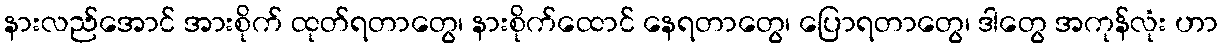
နားလည်အောင် အားစိုက် ထုတ်ရတာတွေ၊ နားစိုက်ထောင် နေရတာတွေ၊ ပြောရတာတွေ၊ ဒါတွေ အကုန်လုံး ဟာ